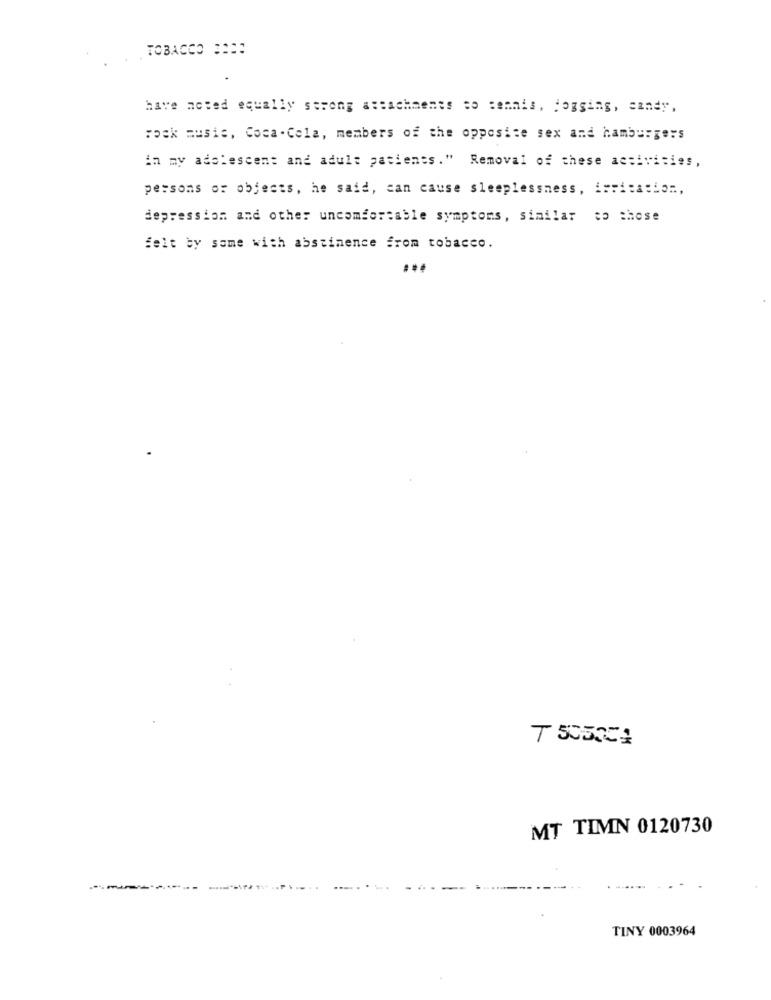
TOBACCO :11:
have noted equally strong attachments so tennis, jogging, candy,
rock music, Coca - Cola, members of the opposite sex and hamburgers
in my adolescent and adult patients." Removal of these activities,
persons of objects, he said, can cause sleeplessness, irritation .,
depression and other uncomfortable symptoms, similar to those
felt by some with abstinence from tobacco.
...
T 505004
MT TIMN 0120730
TINY 0003964